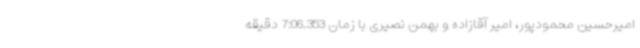
امیرحسین محمودپور، امیر آقازاده و بهمن نصیری با زمان 7:06.353 دقیقه